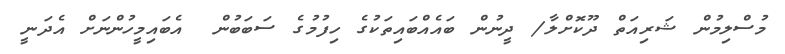
މުސްލިމުން ޝަރިއަތް ދޫކޮށްލާ/ ދީނުން ބައެއްބައިތަކުގެ ހިފުމުގެ ސަބަބުން  އެބައިމީހުންްނަށް އެދަނީ